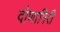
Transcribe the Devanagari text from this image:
दोणागिरी